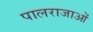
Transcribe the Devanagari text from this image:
पालराजाओं